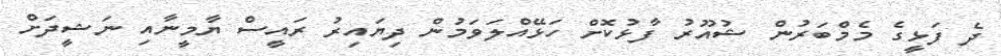
ދެ ފަޅީގެ މެމްބަރުން ޝުއޫރު ފާޅުކޮށް ހަޅޭއްލަވަމުން ދިޔައިރު ރައީސް ޔާމީނާއި ނަޝީދަށް